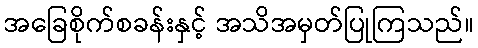
အခြေစိုက်စခန်းနှင့် အသိအမှတ်ပြုကြသည်။